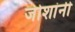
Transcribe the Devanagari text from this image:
जोशांनी